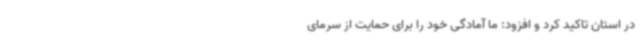
‌در استان تاکید کرد و افزود: ما آمادگی خود را برای حمایت از سرمای